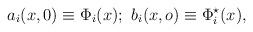
LaTeX: \begin{align*}a_i(x,0)\equiv \Phi_i (x);\ b_i(x,o) \equiv \Phi_i^\star (x),\end{align*}